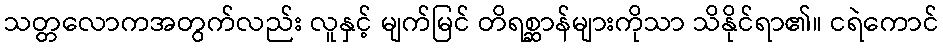
သတ္တလောကအတွက်လည်း လူနှင့် မျက်မြင် တိရစ္ဆာန်များကိုသာ သိနိုင်ရာ၏။ ငရဲကောင်